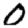
Digit: 0